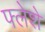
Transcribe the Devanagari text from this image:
फ्लेशे